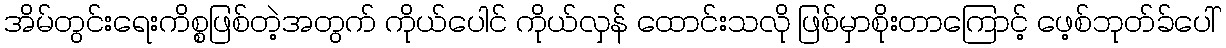
အိမ်တွင်းရေးကိစ္စဖြစ်တဲ့အတွက် ကိုယ်ပေါင် ကိုယ်လှန် ထောင်းသလို ဖြစ်မှာစိုးတာကြောင့် ဖေ့စ်ဘုတ်ခ်ပေါ်